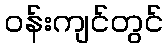
ဝန်းကျင်တွင်